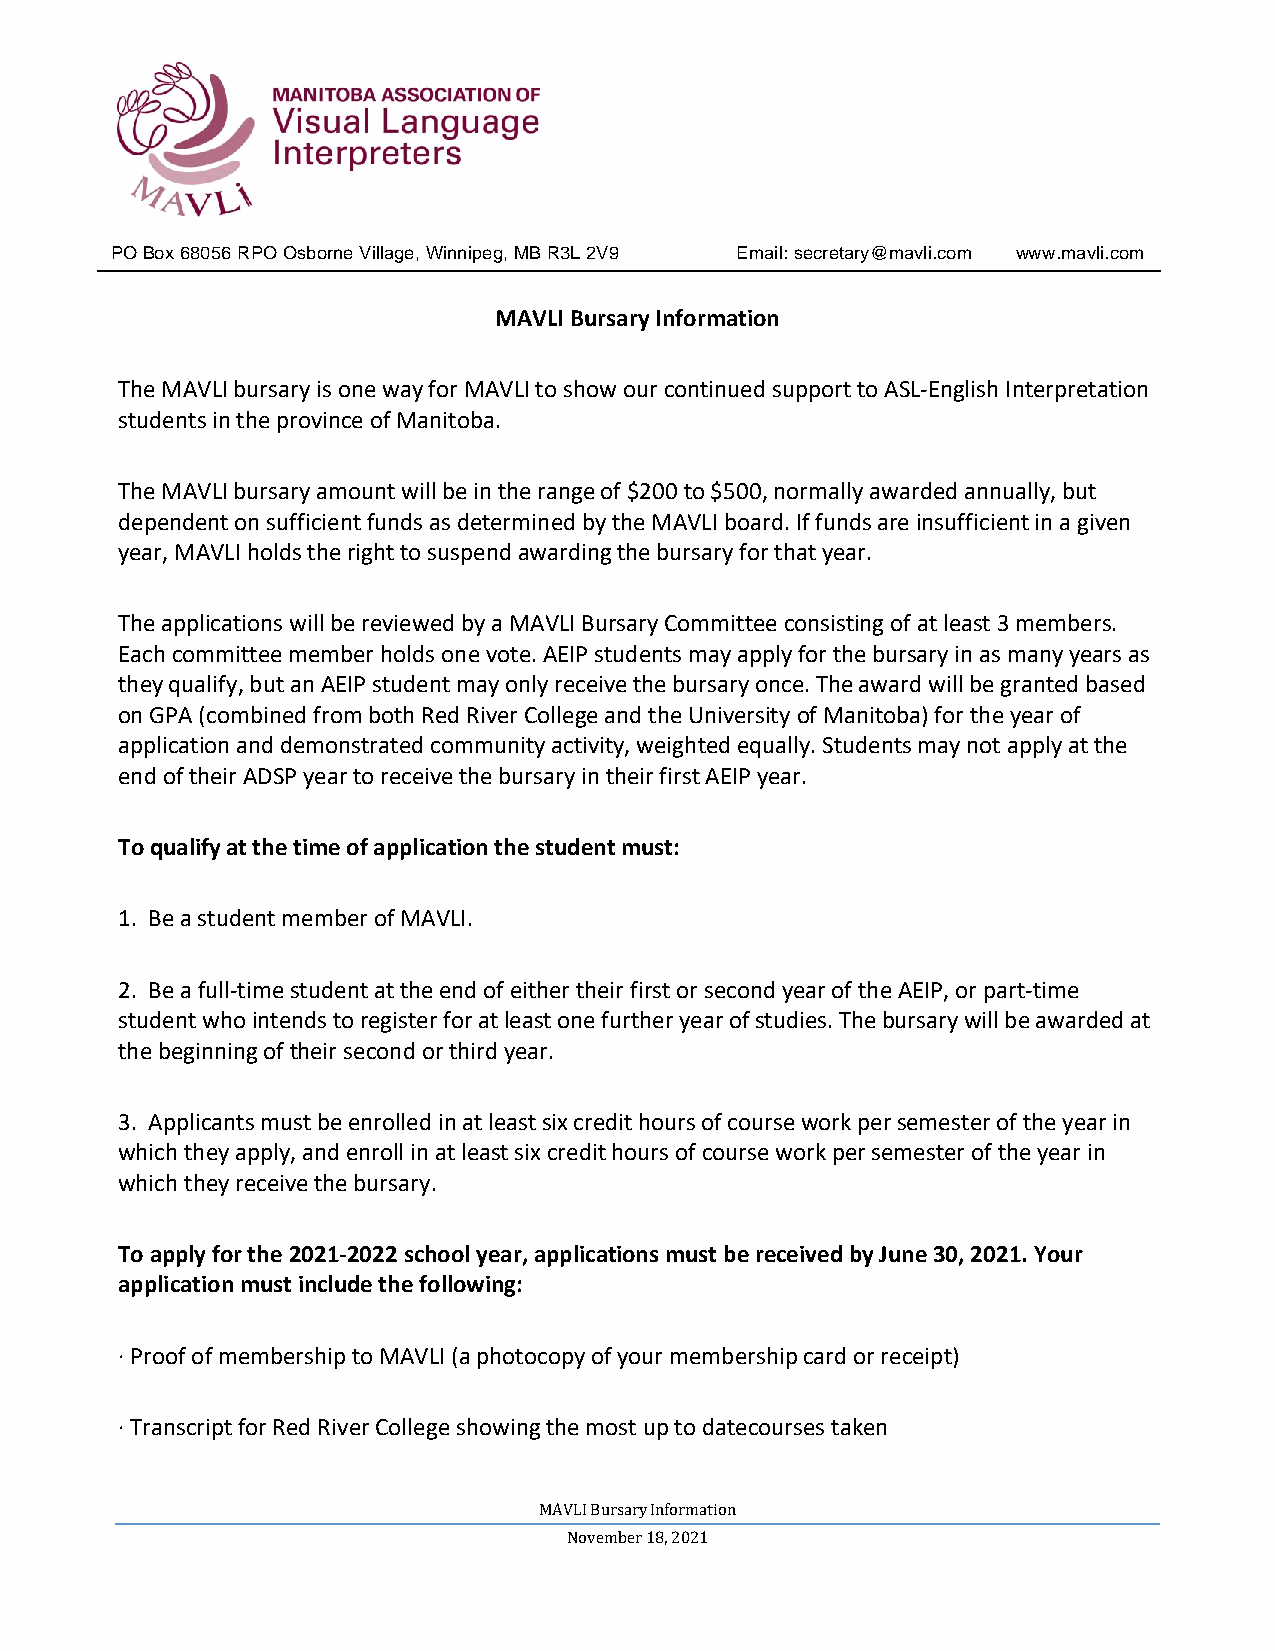
PO Box 68056 RPO Osborne Village, Winnipeg, MB R3L 2V9 Email: secretary@mavli.com www.mavli.com
 MAVLI Bursary Information
 The MAVLI bursary is one way for MAVLI to show our continued support to ASL‐English Interpretation
 students in the province of Manitoba.
 The MAVLI bursary amount will be in the range of $200 to $500, normally awarded annually, but
 dependent on sufficient funds as determined by the MAVLI board. If funds are insufficient in a given
 year, MAVLI holds the right to suspend awarding the bursary for that year.
 The applications will be reviewed by a MAVLI Bursary Committee consisting of at least 3 members.
 Each committee member holds one vote. AEIP students may apply for the bursary in as many years as
 they qualify, but an AEIP student may only receive the bursary once. The award will be granted based
 on GPA (combined from both Red River College and the University of Manitoba) for the year of
 application and demonstrated community activity, weighted equally. Students may not apply at the
 end of their ADSP year to receive the bursary in their first AEIP year.
 To qualify at the time of application the student must:
 1. Be a student member of MAVLI.
 2. Be a full‐time student at the end of either their first or second year of the AEIP, or part‐time
 student who intends to register for at least one further year of studies. The bursary will be awarded at
 the beginning of their second or third year.
 3. Applicants must be enrolled in at least six credit hours of course work per semester of the year in
 which they apply, and enroll in at least six credit hours of course work per semester of the year in
 which they receive the bursary.
 To apply for the 2021-2022 school year, applications must be received by June 30, 2021. Your
 application must include the following:
 ∙ Proof of membership to MAVLI (a photocopy of your membership card or receipt)
 ∙ Transcript for Red River College showing the most up to date courses taken
 MAVLI Bursary Information
 November 18, 2021